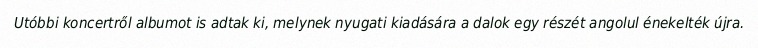
Utóbbi koncertről albumot is adtak ki, melynek nyugati kiadására a dalok egy részét angolul énekelték újra.